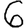
Digit: 6